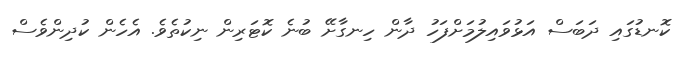
ކޮނޑުގައި ދަބަސް އަޅުވައިލުމަށްފަހު ދާން ހިނގާށޭ ބުނެ ކޮޓަރިން ނިކުތެވެ. އެހެން ކުދިންވެސް